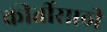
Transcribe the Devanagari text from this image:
कीर्तीसाठी